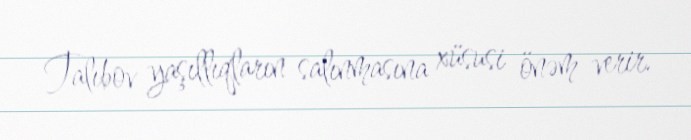
Talıbov yaşıllıqların salınmasına xüsusi önəm verir.